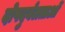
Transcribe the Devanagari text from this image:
दोषदुर्बलताओं